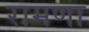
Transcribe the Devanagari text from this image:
रामणा